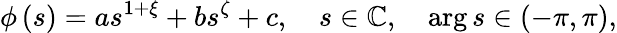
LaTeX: \phi\left(s\right)=as^{1+\xi}+bs^{\zeta}+c,\quad s\in\mathbb{C},\quad\arg s\in\left(-\pi,\pi\right),